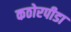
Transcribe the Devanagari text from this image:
कठोरपीडा